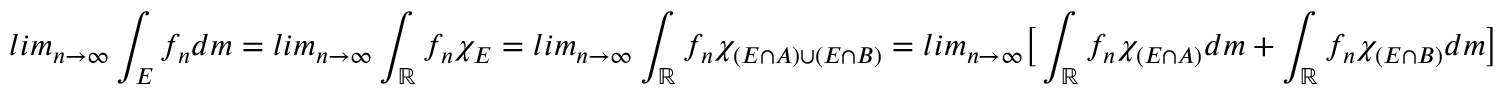
l i m _ { n \rightarrow \infty } \int _ { E } f _ { n } d m = l i m _ { n \rightarrow \infty } \int _ { \mathbb { R } } f _ { n } \chi _ { E } = l i m _ { n \rightarrow \infty } \int _ { \mathbb { R } } f _ { n } \chi _ { ( E \cap A ) \cup ( E \cap B ) } = l i m _ { n \rightarrow \infty } \big [ \int _ { \mathbb { R } } f _ { n } \chi _ { ( E \cap A ) } d m + \int _ { \mathbb { R } } f _ { n } \chi _ { ( E \cap B ) } d m \big ]